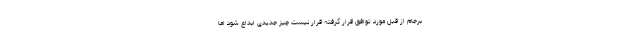
برجام از قبل مورد توافق قرار گرفته قرار نیست چیز جدیدی ابداع شود اما